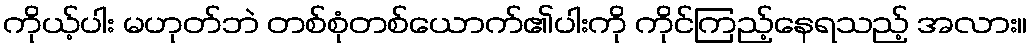
ကိုယ့်ပါး မဟုတ်ဘဲ တစ်စုံတစ်ယောက်၏ပါးကို ကိုင်ကြည့်နေရသည့် အလား။